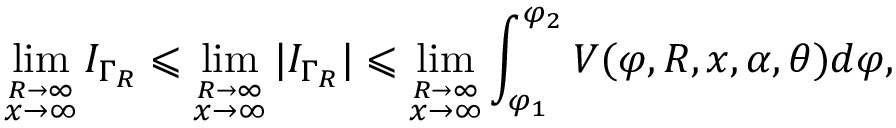
\operatorname* { l i m } _ { \stackrel { R \to \infty } { x \to \infty } } I _ { \Gamma _ { R } } \leqslant \operatorname* { l i m } _ { \stackrel { R \to \infty } { x \to \infty } } | I _ { \Gamma _ { R } } | \leqslant \operatorname* { l i m } _ { \stackrel { R \to \infty } { x \to \infty } } \int _ { \varphi _ { 1 } } ^ { \varphi _ { 2 } } V ( \varphi , R , x , \alpha , \theta ) d \varphi ,